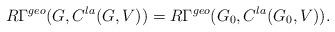
LaTeX: \begin{align*} R\Gamma^{geo}(G, C^{la}(G,V)) = R\Gamma^{geo}(G_0, C^{la}(G_0,V)). \end{align*}